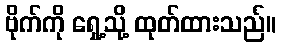
ဗိုက်ကို ရှေ့သို့ ထုတ်ထားသည်။